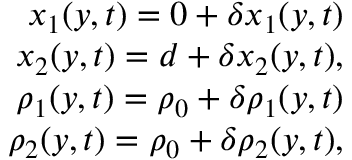
\begin{array} { r } { x _ { 1 } ( y , t ) = 0 + \delta x _ { 1 } ( y , t ) } \\ { x _ { 2 } ( y , t ) = d + \delta x _ { 2 } ( y , t ) , } \\ { \rho _ { 1 } ( y , t ) = \rho _ { 0 } + \delta \rho _ { 1 } ( y , t ) } \\ { \rho _ { 2 } ( y , t ) = \rho _ { 0 } + \delta \rho _ { 2 } ( y , t ) , } \end{array}